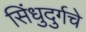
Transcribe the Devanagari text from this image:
सिंधुदुर्गचे